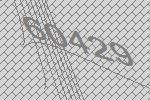
60429